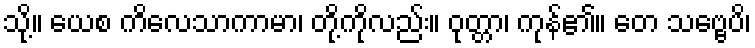
သို့။ ယေစ ကိလေသာကာမာ၊ တို့ကိုလည်း။ ဝုတ္တာ၊ ကုန်၏။ တေ သဗ္ဗေပိ၊